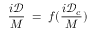
\frac { i \mathcal D } { M } \; = \; f ( \frac { i { \mathcal D } _ { c } } { M } )